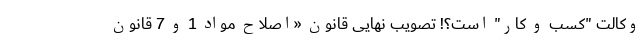
وکالت "کسب و کار" است؟! ‌تصویب نهایی قانون «اصلاح مواد 1 و 7 قانون